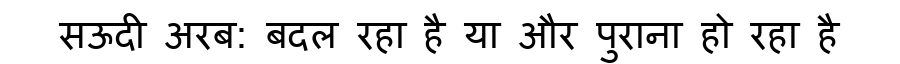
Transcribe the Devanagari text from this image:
सऊदी अरब: बदल रहा है या और पुराना हो रहा है